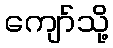
ကျော်သို့